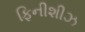
ફિનીશીઝ